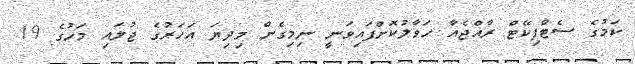
ކަމުގެ ސެޓްފިކޭޓް ރާއްޖެއާ ހަވާލުކޮށްފައިވަނީ ނިމިގެން މިދިޔަ އަހަރުގެ ޖުލައި މަހުގެ 19